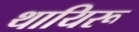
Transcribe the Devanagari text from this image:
थायिरू